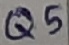
Text: Q5